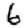
Digit: 6